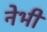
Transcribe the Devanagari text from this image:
नेभी